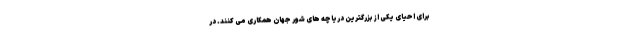
برای احیای یکی از بزرگترین دریاچه های شور جهان همکاری می کنند. در